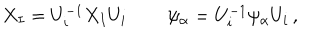
X _ { I } = U _ { i } ^ { - 1 } X _ { I } U _ { i } \, \qquad \psi _ { \alpha } = U _ { i } ^ { - 1 } \psi _ { \alpha } U _ { i } \, ,